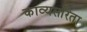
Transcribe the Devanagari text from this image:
काव्यसरिता